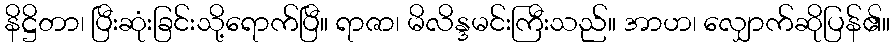
နိဋ္ဌိတာ၊ ပြီးဆုံးခြင်းသို့ရောက်ပြီ။ ရာဇာ၊ မိလိန္ဒမင်းကြီးသည်။ အာဟ၊ လျှောက်ဆိုပြန်၏။